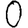
Digit: 0